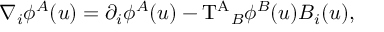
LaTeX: { \nabla } _ { i } { \phi } ^ { A } ( u ) = { \partial } _ { i } { \phi } ^ { A } ( u ) - \mathrm { T ^ { A } } _ { B } { \phi } ^ { B } ( u ) B _ { i } ( u ) ,